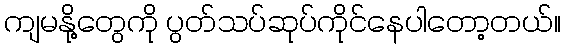
ကျမနို့တွေကို ပွတ်သပ်ဆုပ်ကိုင်နေပါတော့တယ်။